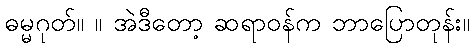
ဓမ္မဂုတ်။ ။ အဲဒီတော့ ဆရာဝန်က ဘာပြောတုန်း။